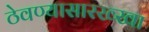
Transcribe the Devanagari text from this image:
ठेवण्यासारख्खा